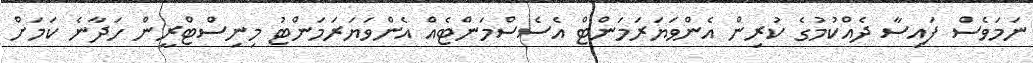
ނަމަވެސް ފައިސާ ދެއްކުމުގެ ކުރިން އެންވަޔަރަމަންޓް އެސެސްމަންޓެއް އެންވަޔަރަމަންޓު މިނިސްޓްރީން ހަދާނެ ކަމަށް